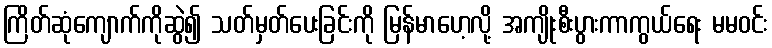
ကြိတ်ဆုံကျောက်ကိုဆွဲ၍ သတ်မှတ်ပေးခြင်းကို မြန်မာဟေ့လို့ အကျိုးစီးပွားကာကွယ်ရေး မမဝင်း